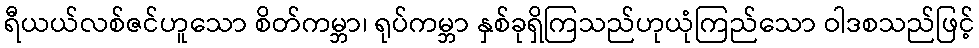
ရီယယ်လစ်ဇင်ဟူသော စိတ်ကမ္ဘာ၊ ရုပ်ကမ္ဘာ နှစ်ခုရှိကြသည်ဟုယုံကြည်သော ဝါဒစသည်ဖြင့်